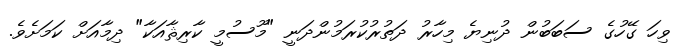
ވިހަ ގޭހުގެ ސަބަބުން ދުނިޔެ މިހާރު ދަތުރުކުރަމުންދަނީ "މޫސުމީ ކާރިޘާއަކާ" ދިމާއަށް ކަމަށެވެ.